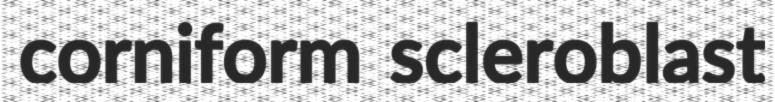
corniform scleroblast